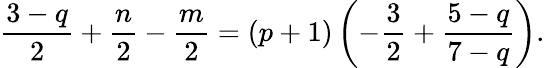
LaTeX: \frac{3-q}{2}+\frac{n}{2}-\frac{m}{2}=\left(p+1\right)\left(-\frac{3}{2}+\frac{5-q}{7-q}\right).